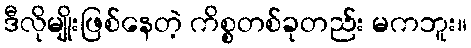
ဒီလိုမျိုးဖြစ်နေတဲ့ ကိစ္စတစ်ခုတည်း မကဘူး။